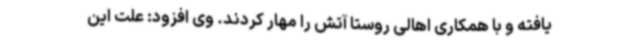
یافته و با همکاری اهالی روستا آتش را مهار کردند. وی افزود: علت این